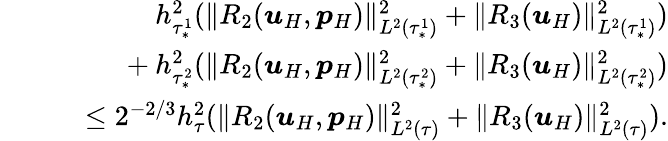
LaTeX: \begin{array}{rlr}&{}&{h_{\tau_{*}^{1}}^{2}(\| R_{2}(\boldsymbol{u}_{H},\boldsymbol{p}_{H})\| _{L^{2}(\tau_{*}^{1})}^{2}+\| R_{3}(\boldsymbol{u}_{H})\| _{L^{2}(\tau_{*}^{1})}^{2})}\\ &{}&{~+h_{\tau_{*}^{2}}^{2}(\| R_{2}(\boldsymbol{u}_{H},\boldsymbol{p}_{H})\| _{L^{2}(\tau_{*}^{2})}^{2}+\| R_{3}(\boldsymbol{u}_{H})\| _{L^{2}(\tau_{*}^{2})}^{2})}\\ &{}&{\quad\leq 2^{-2/3}h_{\tau}^{2}(\| R_{2}(\boldsymbol{u}_{H},\boldsymbol{p}_{H})\| _{L^{2}(\tau)}^{2}+\| R_{3}(\boldsymbol{u}_{H})\| _{L^{2}(\tau)}^{2}).}\end{array}